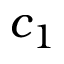
c _ { 1 }